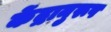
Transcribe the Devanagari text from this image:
केंद्रानुरूप